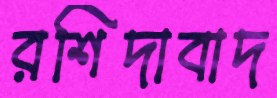
রশিদাবাদ